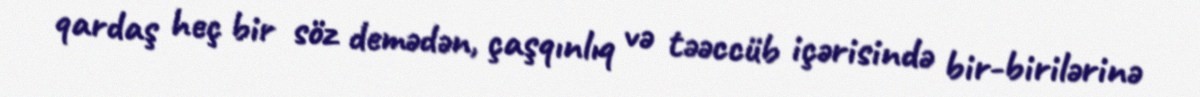
qardaş heç bir söz demədən, çaşqınlıq və təəccüb içərisində bir-birilərinə